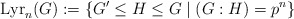
\begin{align*}\mathrm{Lyr}_n(G):=\lbrace G^\prime\le H\le G\mid (G:H)=p^n\rbrace\end{align*}